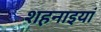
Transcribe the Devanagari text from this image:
शहनाइयां